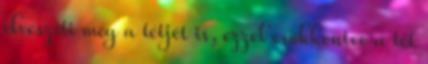
elveszíti még a tétjét is, ezzel csökkentve a tét